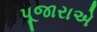
પૂજારાએ